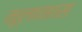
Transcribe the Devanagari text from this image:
मूलामास